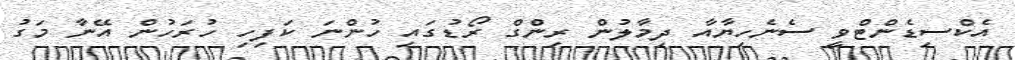
އެކްސިޑެންޓްވީ ސެނެހިޔާއާ ދިމާލުން ރިންގް ރޯޑުގައި ހުންނަ ކަފިހި ހުރަހުން އޭނާ މަގު